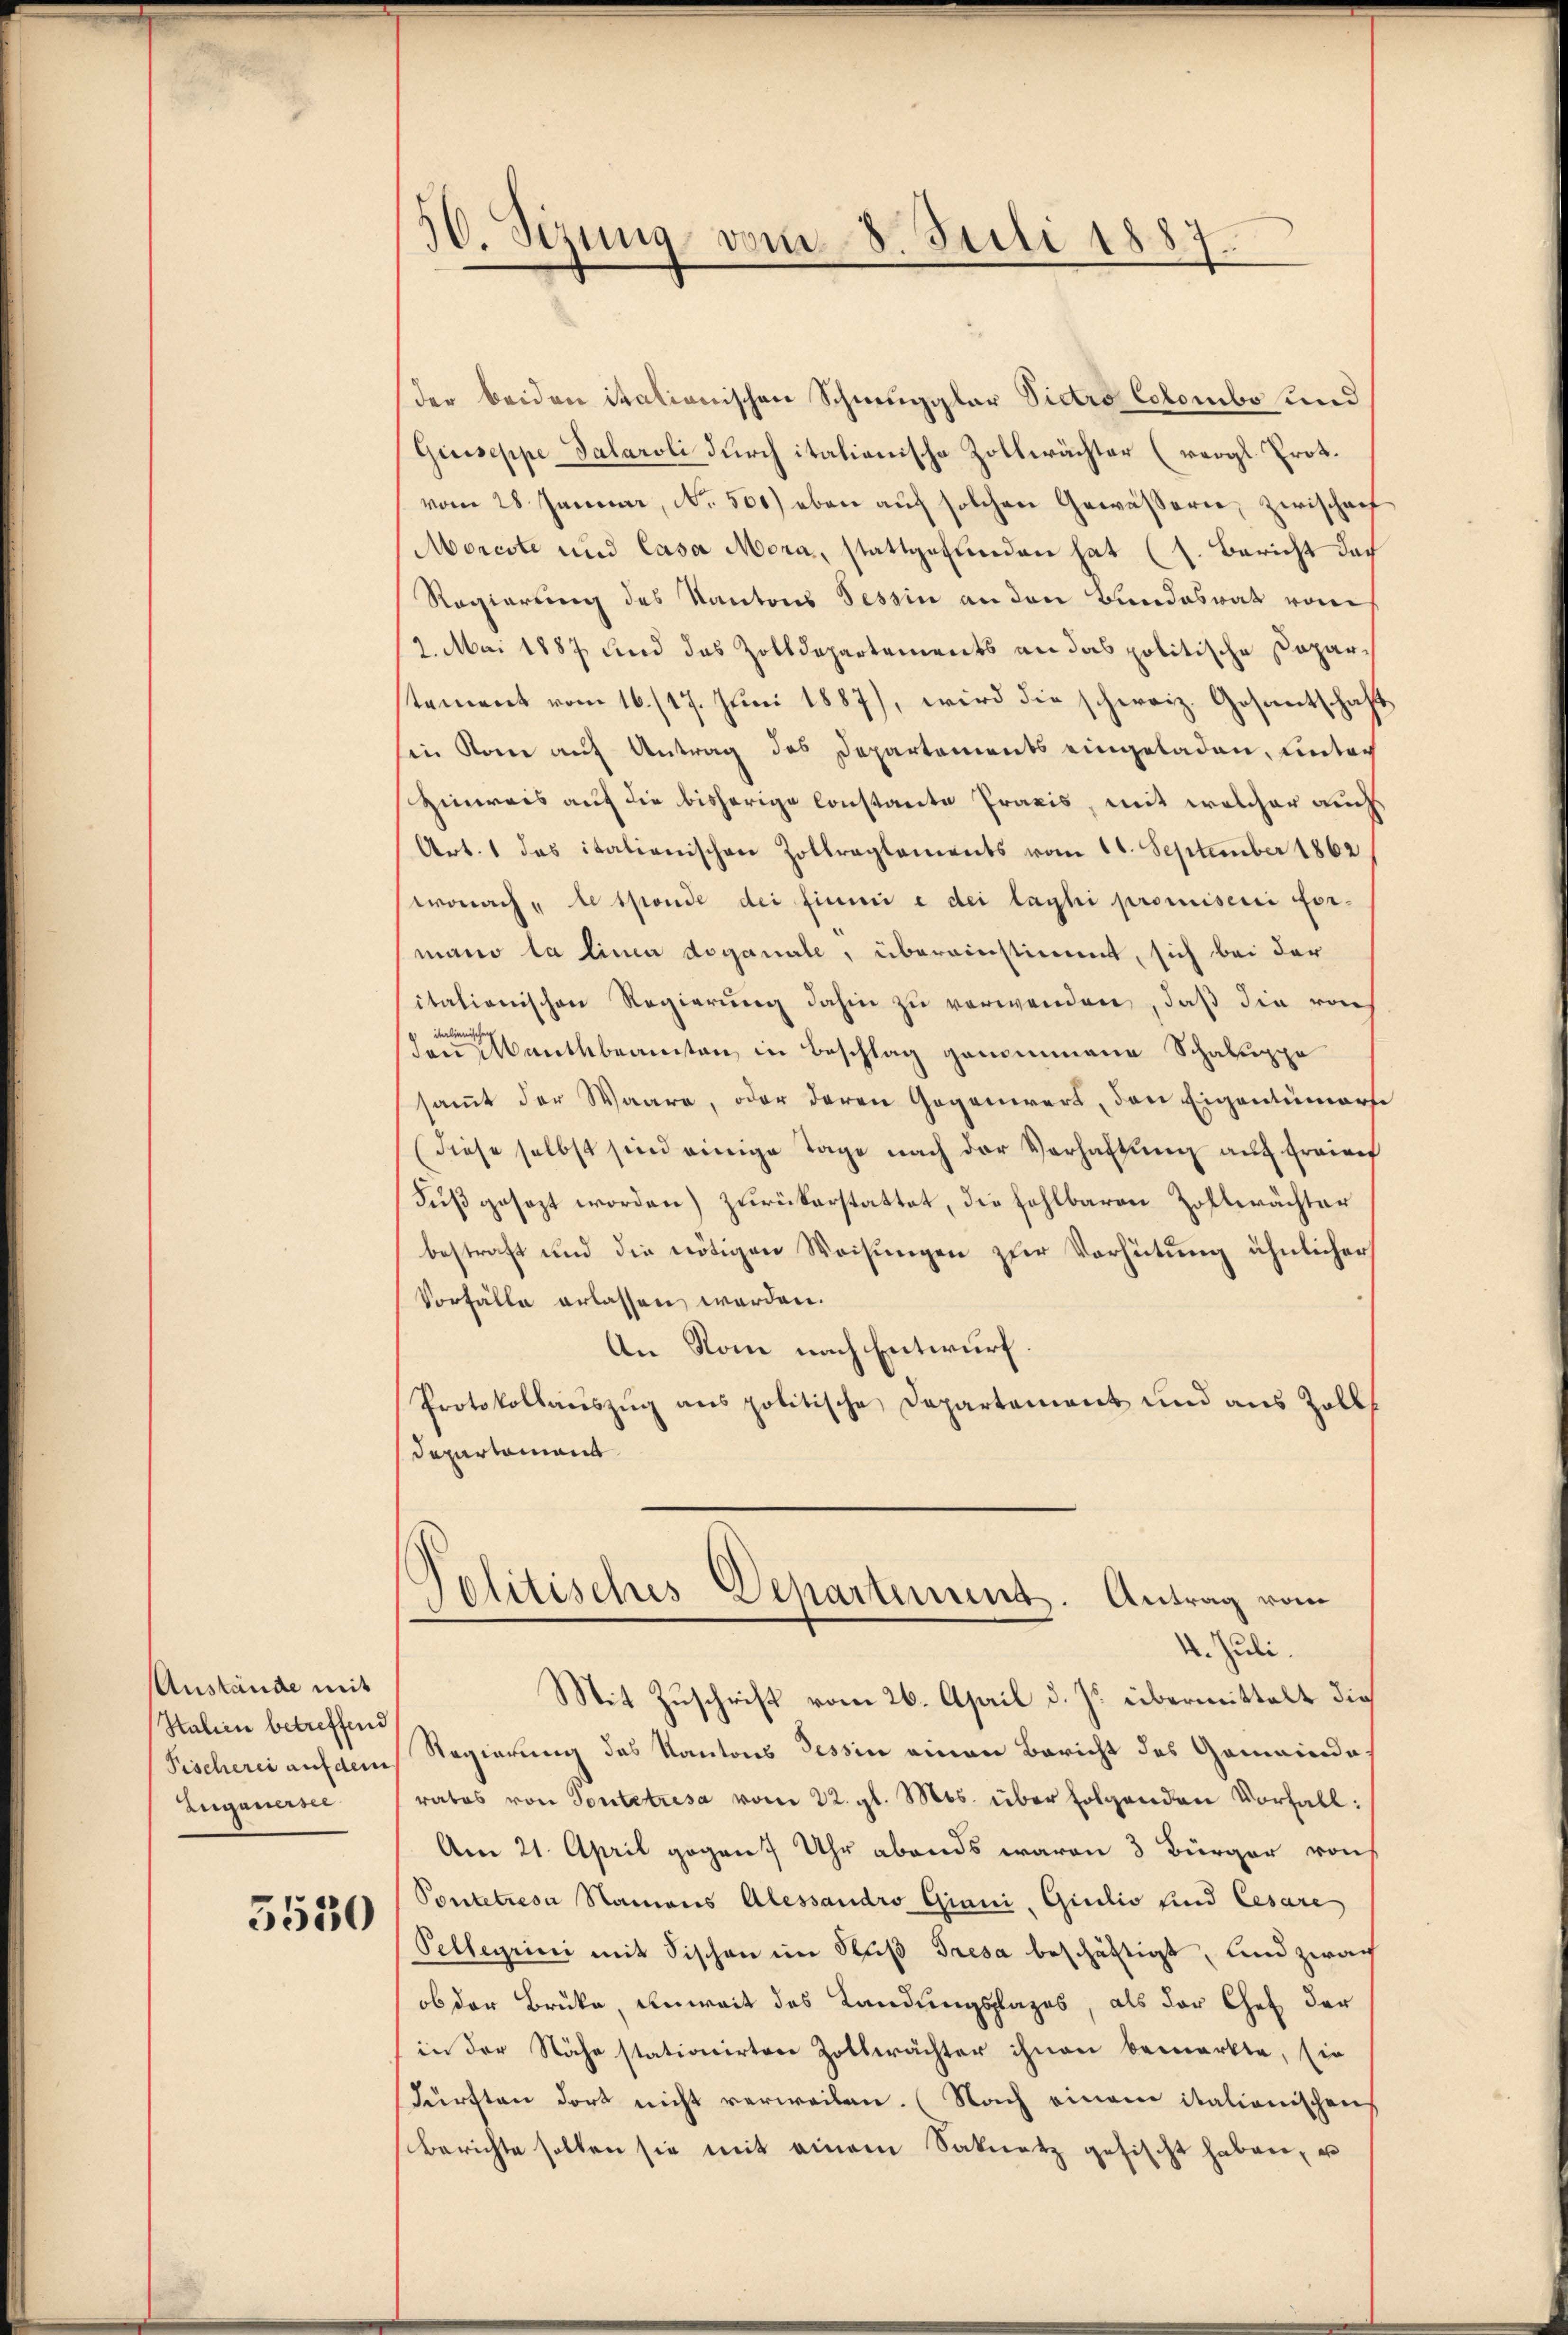
Austände mit
Italien betreffend
Fischerei auf dem
Eugenersei

5530

50. Sezung vom 8. Juli 1887.

der beiden italionischen Schmuggler Victro Colombo und
Giuseppe Talaroli durch italienische Zollwächter (vergl. Prot.
vom 28. Januar, No. 500) eben aŭf solchen Gewässerie, zwischenf
Morcote und Casa Mera, stattgefunden hat (s. Bericht das
Regierung des Kantons Tessin an den Bundesrat von
2. Mai 1887 und das Zolldepartements an das politische Coparstement vom 16./17. Juni 1887), wird die schweiz. Gesantschaft
in Rome auf Antrag des Departements eingeladen, unter
Hinweis auf die bisherige Constante Praxis, mit welcher auch
Art. 1 das italienischen Zollreglements vom 11. September 1862
wonach, le sponde dei finnii e dei laghi promiseni formano la linen doganale, übereinstimmt, sich bei der
italienischen Regierung dahin zu verwenden, daß die von
dau anthbeamten in Beschlag genommene Schaluppe
samt der Waare, oder deren Gegenwert, den Eigentümerse
(diese selbst sind einige Tage nach der Verhaltung auf freief
Fuß gesezt worden) zurückerstattet, die fehlbaren Zoftwächter
bestraft und die nötigen Weisungen zur Verhütung ähnlicher
Vorfälle erlassen werden.
An Rom nach Entwurf.
Protokollauszug aus politische Departement und aus Zolls
Departament
Politisches Departement. Antrag vom
n
4. Juli.
Mit Zuschrift vom 26. April d. Js. übermittelt die
Regierung des Kantons Tessin einen Bericht des Gemeinde
rates von Sontetresa vom 22. gl. Mts. über folgenden Vorfall:
Am 21. April gegen 7 Uhr abends waren 3 Bürger von
Pontetriesa Namens Alessandro Giani, Giulio und Cesare
Pellegii mit Fischen im Fuß Tresa beschäftigt, und zwach
ob der Brüke, Anweit des Landungslages, als der Chef der
in der Nähe stationirten Zollerächter ihnen bemerkte, sie
Fürften dort nicht verweilen. (Nach einem italionischen
Berichte sollen sie mit einem Saknatz gesischt haben, u